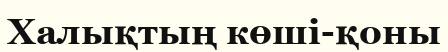
Халықтың көші-қоны